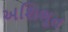
અશિભૂત